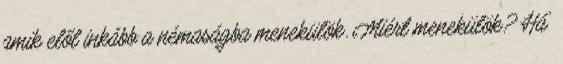
amik elől inkább a némaságba menekülök. Miért menekülök? Há'